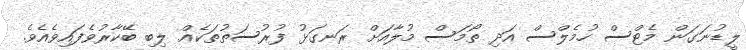
ލީޑުނަގަން މެޓްސް ހުމެލްސް އަދި ތޯމަސް މުލާއަށް ރަނގަޅު ފުރުސަތުތަކެއް ލިބި ބޭކާރުވެފައިވެއެވެ.